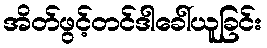
အိတ်ဖွင့်တင်ဒါခေါ်ယူခြင်း